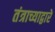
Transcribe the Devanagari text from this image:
तंत्राच्याद्वारे